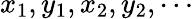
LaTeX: x_{1},y_{1},x_{2},y_{2},\cdots